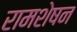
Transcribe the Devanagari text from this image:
रामशेषन